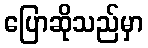
ပြောဆိုသည်မှာ